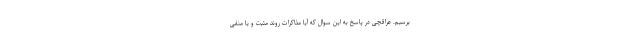
برسیم. عراقچی در پاسخ به این سوال که آیا مذاکرات روند مثبت و یا منفی